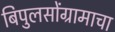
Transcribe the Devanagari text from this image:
बिपुलसोंग्रामाचा